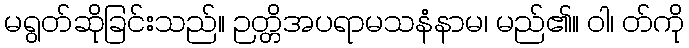
မရွတ်ဆိုခြင်းသည်။ ဉတ္တိအပရာမသနံနာမ၊ မည်၏။ ဝါ၊ တ်ကို